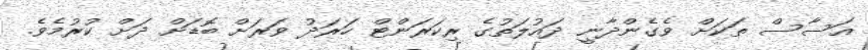
އަސާސް ތަކަށް ވެގެންދާނީ ދައުލަތުގެ ރިކަރަންޓް ހަރަދު ވަރަށް ބޮޑަށް ދަށް ކުރުމެވެ.